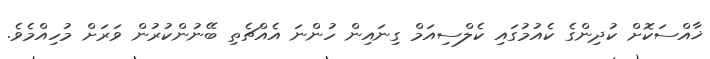
ޚާއްސަކޮށް ކުދިންގެ ކެއުމުގައި ކެލްސިއަމް ގިނައިން ހުންނަ އެއްޗެތި ބޭނުންކުރުން ވަރަށް މުހިއްމެވެ.